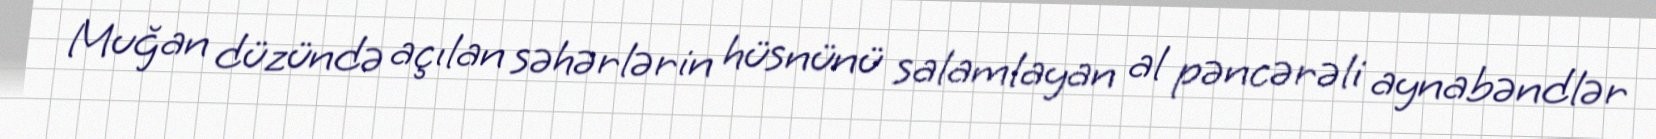
Muğan düzündə açılan səhərlərin hüsnünü salamlayan al pəncərəli aynabəndlər